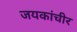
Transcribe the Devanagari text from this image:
जयकांचीर